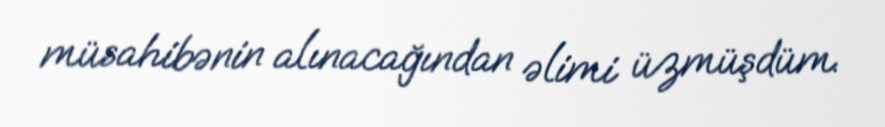
müsahibənin alınacağından əlimi üzmüşdüm.